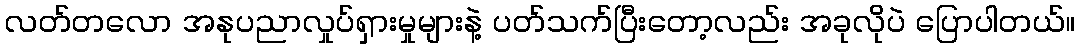
လတ်တလော အနုပညာလှုပ်ရှားမှုများနဲ့ ပတ်သက်ပြီးတော့လည်း အခုလိုပဲ ပြောပါတယ်။